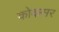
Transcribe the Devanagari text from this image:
कोकसर